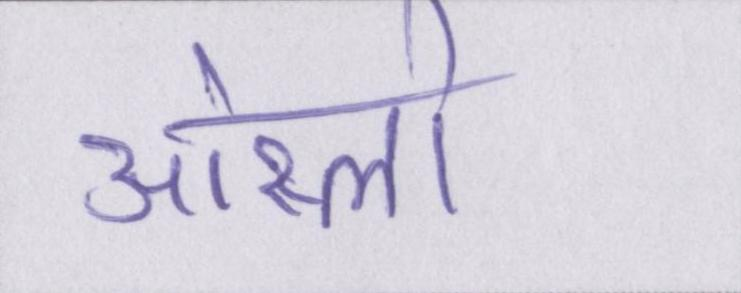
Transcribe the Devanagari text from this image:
ओस्लो